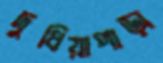
দুধিয়াপাড়া